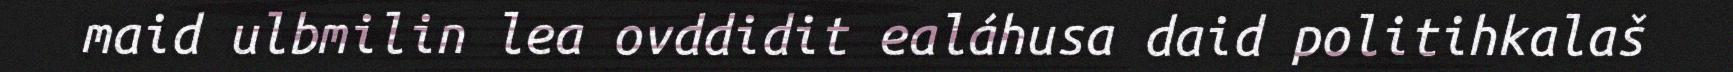
maid ulbmilin lea ovddidit ealáhusa daid politihkalaš